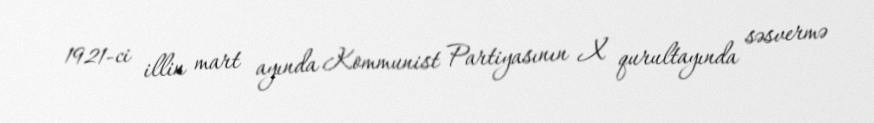
1921-ci illin mart ayında Kommunist Partiyasının X qurultayında səsvermə